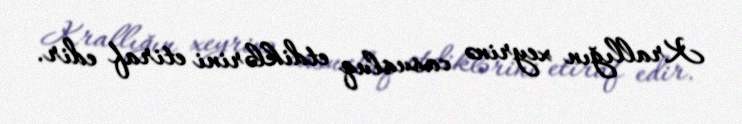
Krallığın xeyrinə casusluq etdiklərini etiraf edir.